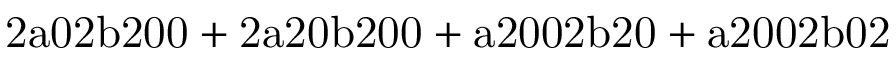
\mathrm { 2 a 0 2 b 2 0 0 + 2 a 2 0 b 2 0 0 + a 2 0 0 2 b 2 0 + a 2 0 0 2 b 0 2 }